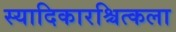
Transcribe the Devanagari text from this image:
स्यादिकारश्चित्कला